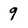
Character: 9